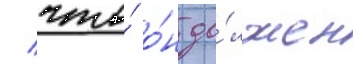
/ что́ о́н до́лжен